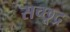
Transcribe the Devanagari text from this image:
सच्छूद्र